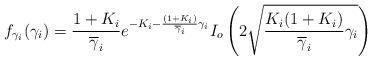
LaTeX: \begin{align*}f_{\gamma_{i}}(\gamma_{i}) = \frac{1+K_{i}}{\overline{\gamma}_{i}} e^{-K_{i}-\frac{(1+K_{i})}{\overline{\gamma}_{i}} \gamma_{i}} I_{o}\left(2 \sqrt{\frac{K_{i}(1+K_{i})}{\overline{\gamma}_{i}}\gamma_{i}}\right)\end{align*}